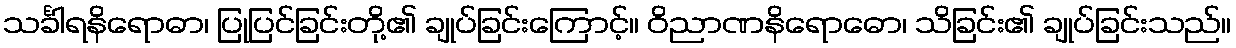
သင်္ခါရနိရောဓာ၊ ပြုပြင်ခြင်းတို့၏ ချုပ်ခြင်းကြောင့်။ ဝိညာဏနိရောဓော၊ သိခြင်း၏ ချုပ်ခြင်းသည်။